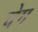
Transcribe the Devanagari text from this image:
घेग